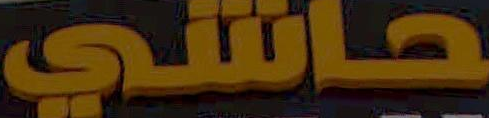
حاشي